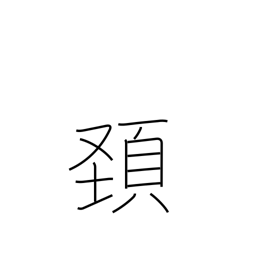
Meaning: head